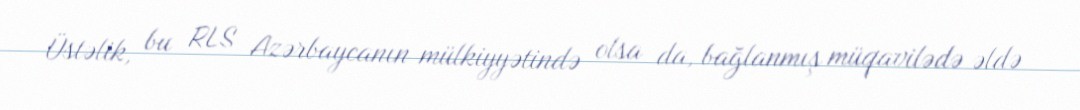
Üstəlik, bu RLS Azərbaycanın mülkiyyətində olsa da, bağlanmış müqavilədə əldə